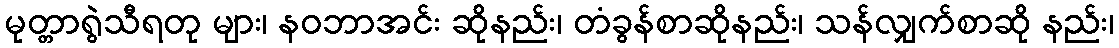
မုတ္တာရွဲသီရတု များ၊ နဝဘာအင်း ဆိုနည်း၊ တံခွန်စာဆိုနည်း၊ သန်လျှက်စာဆို နည်း၊